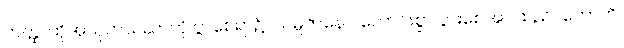
တတ္ထ၊ ထိုအသုတသညာကို ပွာစေရာ၌။ သမ္ပဇာနော၊ ကောင်းစွာ ပွားစေအပ်သည်။ ဟောတိ၊